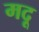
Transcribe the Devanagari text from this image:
मदू